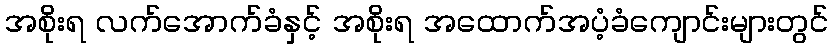
အစိုးရ လက်အောက်ခံနှင့် အစိုးရ အထောက်အပံ့ခံကျောင်းများတွင်